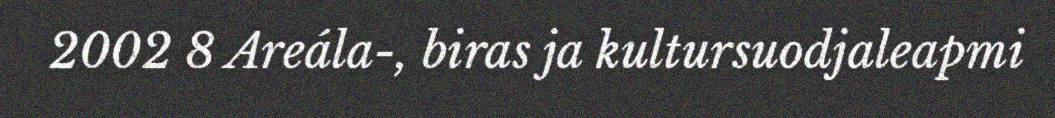
2002 8 Areála-, biras ja kultursuodjaleapmi